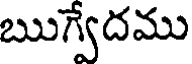
ఋగ్వేదము